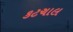
કટચાલ